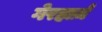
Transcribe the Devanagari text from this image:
गेरहार्ज़